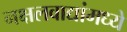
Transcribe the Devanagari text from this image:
नक्षलवाद्यांमध्ये